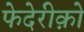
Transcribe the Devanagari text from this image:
फेदेरीक़ो